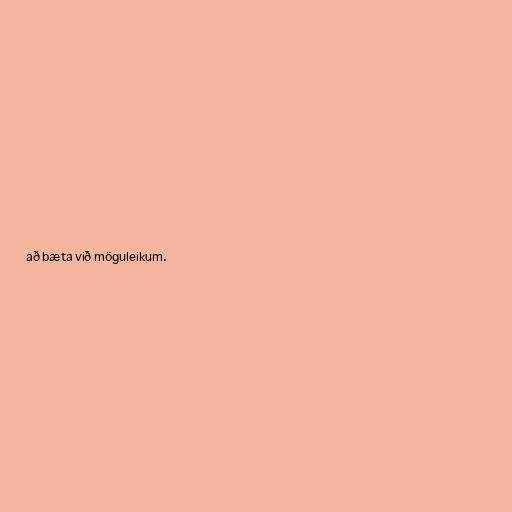
að bæta við möguleikum.